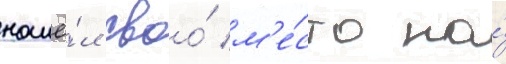
нашё́л своо́ м'е́сто на́